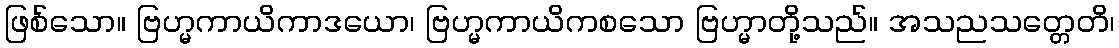
ဖြစ်သော။ ဗြဟ္မကာယိကာဒယော၊ ဗြဟ္မကာယိကစသော ဗြဟ္မာတို့သည်။ အသညသတ္တေတိ၊